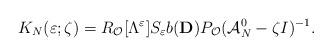
LaTeX: \begin{align*}K_N(\varepsilon ;\zeta )= R_\mathcal{O}[\Lambda ^\varepsilon ] S_\varepsilon b(\mathbf{D})P_\mathcal{O}(\mathcal{A}_N^0-\zeta I)^{-1} .\end{align*}